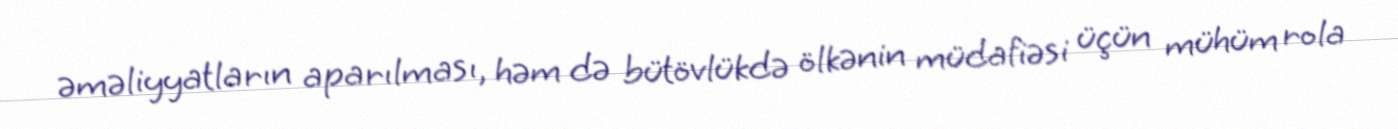
əməliyyatların aparılması, həm də bütövlükdə ölkənin müdafiəsi üçün mühüm rola